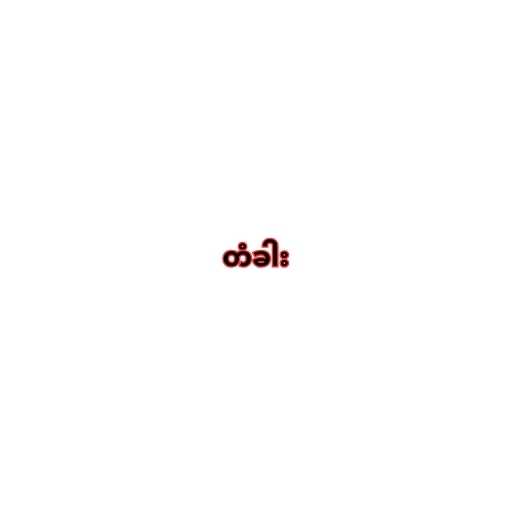
တံခါး